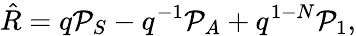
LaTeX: \hat{R}=q{\cal P}_{S}-q^{-1}{\cal P}_{A}+q^{1-N}{\cal P}_{1},